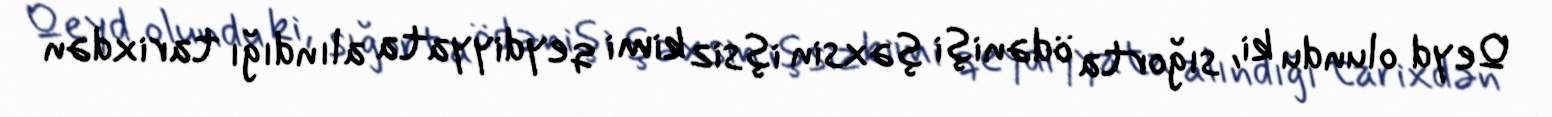
Qeyd olundu ki, sığorta ödənişi şəxsin işsiz kimi qeydiyyata alındığı tarixdən